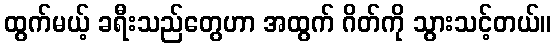
ထွက်မယ့် ခရီးသည်တွေဟာ အထွက် ဂိတ်ကို သွားသင့်တယ်။